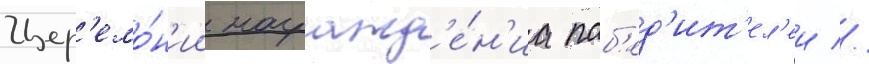
Цер'емо́н'ии награжд'е́н'иа поб'ед'ит'ел'еи //